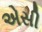
એસી